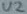
Text: V2